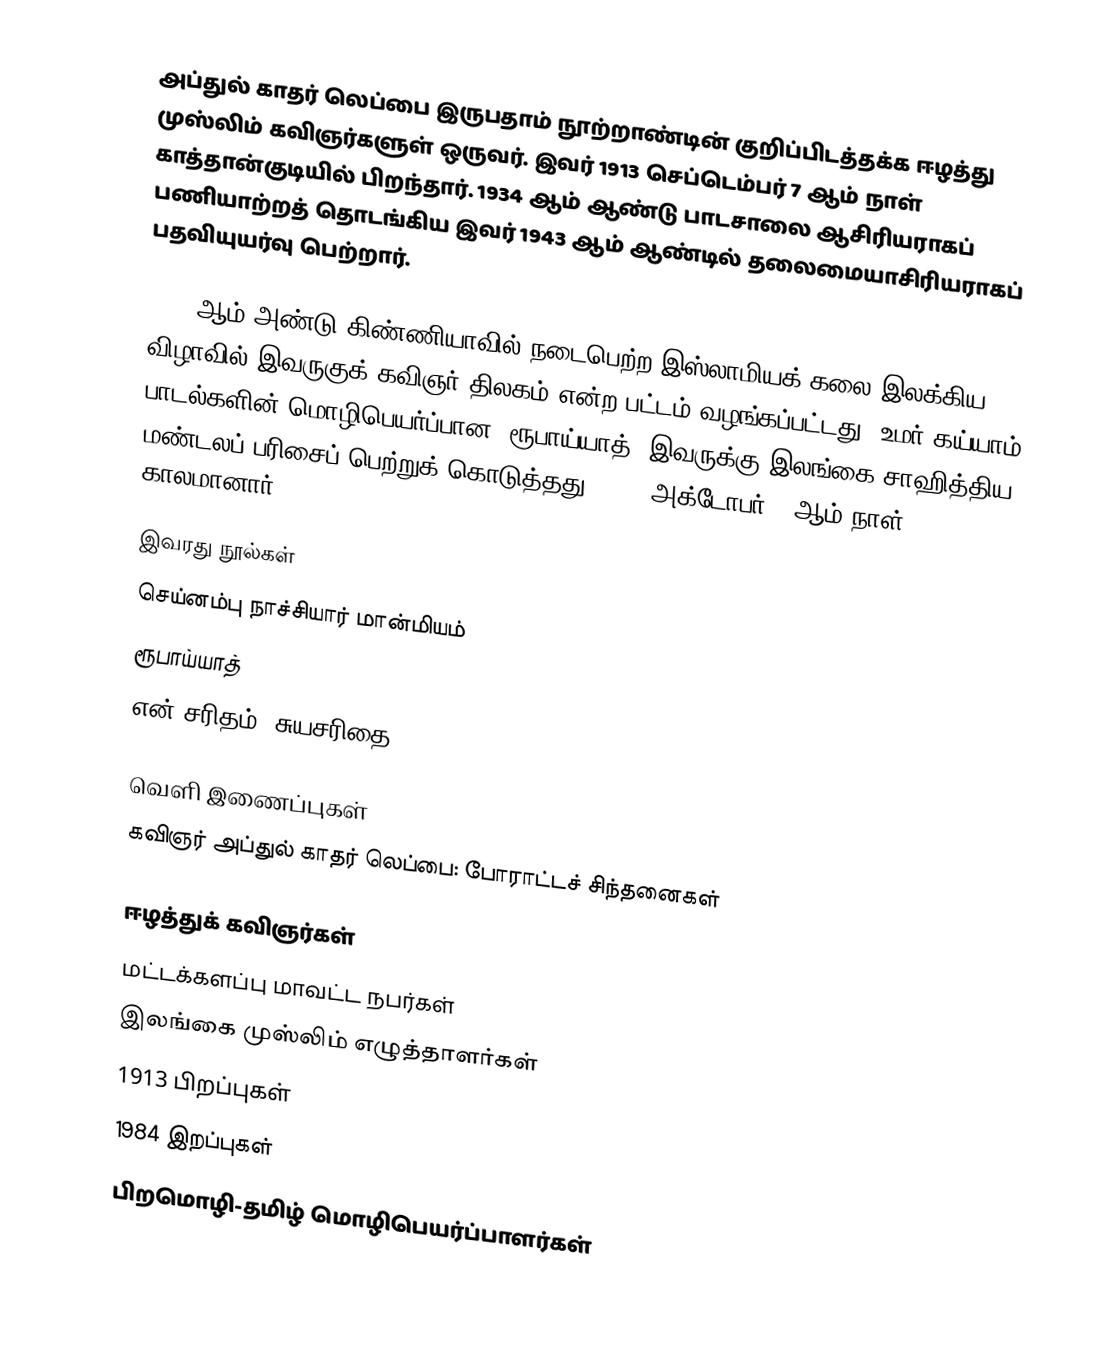
அப்துல் காதர் லெப்பை இருபதாம் நூற்றாண்டின் குறிப்பிடத்தக்க ஈழத்து முஸ்லிம் கவிஞர்களுள் ஒருவர். இவர் 1913 செப்டெம்பர் 7 ஆம் நாள் காத்தான்குடியில் பிறந்தார். 1934 ஆம் ஆண்டு பாடசாலை ஆசிரியராகப் பணியாற்றத் தொடங்கிய இவர் 1943 ஆம் ஆண்டில் தலைமையாசிரியராகப் பதவியுயர்வு பெற்றார்.

1965 ஆம் அண்டு கிண்ணியாவில் நடைபெற்ற இஸ்லாமியக் கலை இலக்கிய விழாவில் இவருகுக் கவிஞர் திலகம் என்ற பட்டம் வழங்கப்பட்டது. உமர் கய்யாம் பாடல்களின் மொழிபெயர்ப்பான "ரூபாய்யாத்" இவருக்கு இலங்கை சாஹித்திய மண்டலப் பரிசைப் பெற்றுக் கொடுத்தது. 1984 அக்டோபர் 7 ஆம் நாள் காலமானார்.

இவரது நூல்கள்
 செய்னம்பு நாச்சியார் மான்மியம்
 ரூபாய்யாத்
 என் சரிதம் (சுயசரிதை)

வெளி இணைப்புகள்
 கவிஞர் அப்துல் காதர் லெப்பை: போராட்டச் சிந்தனைகள்

ஈழத்துக் கவிஞர்கள்
மட்டக்களப்பு மாவட்ட நபர்கள்
இலங்கை முஸ்லிம் எழுத்தாளர்கள்
1913 பிறப்புகள்
1984 இறப்புகள்
பிறமொழி-தமிழ் மொழிபெயர்ப்பாளர்கள்